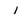
Character: 1